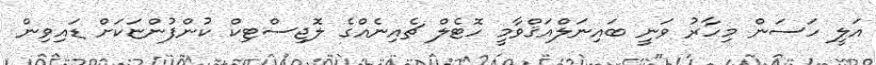
އަލީ ހަސަން މިހާރު ވަނީ ބައިނަލްއަޤްވާމީ ހޮޓެލް ޗެއިނެއްގެ ލޮޖިސްޓިކް ކުންފުންޏަކަށް ޑައިވިން